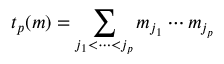
t _ { p } ( m ) = \sum _ { j _ { 1 } < \cdots < j _ { p } } m _ { j _ { 1 } } \cdots m _ { j _ { p } }